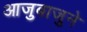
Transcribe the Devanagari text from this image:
आजुबाजुने